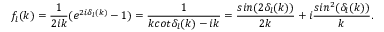
f _ { l } ( k ) = \frac { 1 } { 2 i k } ( e ^ { 2 i \delta _ { l } ( k ) } - 1 ) = \frac { 1 } { k c o t \delta _ { l } ( k ) - i k } = \frac { s i n ( 2 \delta _ { l } ( k ) ) } { 2 k } + i \frac { s i n ^ { 2 } ( \delta _ { l } ( k ) ) } { k } .